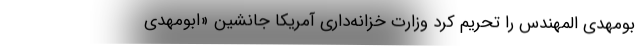
بومهدی المهندس را تحریم کرد وزارت خزانه‌داری آمریکا جانشین «ابومهدی